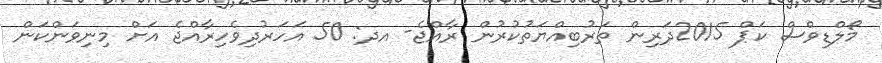
މޯލްޑިވްސް ކަޕް 2015ދަރިން ތަރުބިއްޔަތުކުރުން ރާއްޖެ- އދ: 50 އަހަރުދިވެހިރާއްޖެ އަށް މިނިވަންކަން